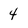
Character: 4